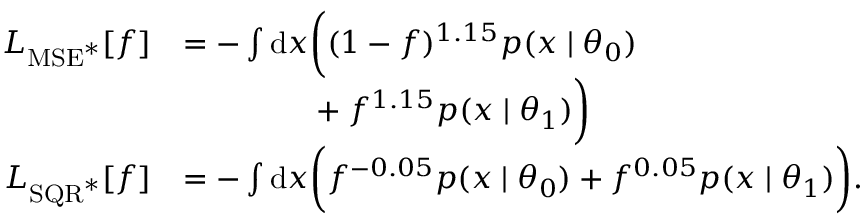
\begin{array} { r l } { L _ { \mathrm { M S E } ^ { * } } [ f ] } & { = - \int \mathrm { d } x \bigg ( ( 1 - f ) ^ { 1 . 1 5 } p ( x \mid \theta _ { 0 } ) } \\ & { \phantom { = - \int \d { x } \bigg ( } + f ^ { 1 . 1 5 } p ( x \mid \theta _ { 1 } ) \bigg ) } \\ { L _ { \mathrm { S Q R } ^ { * } } [ f ] } & { = - \int \mathrm { d } x \bigg ( f ^ { - 0 . 0 5 } p ( x \mid \theta _ { 0 } ) + f ^ { 0 . 0 5 } p ( x \mid \theta _ { 1 } ) \bigg ) . } \end{array}